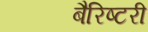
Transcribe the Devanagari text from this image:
बैरिष्टरी